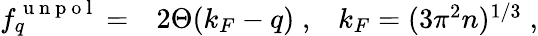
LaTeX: \begin{array}{rlr}{f_{q}^{\mathrm{~u~n~p~o~l~}}=}&{{}2\Theta(k_{F}-q)\; ,}&{k_{F}=(3\pi^{2}n)^{1/3}\; ,}\end{array}